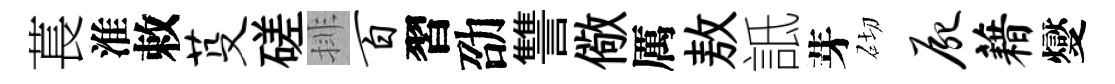
萇淮敕芟磋排百習劭讐儆厲敖詆芽砌尸藉燮